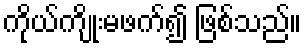
ကိုယ်ကျိုးမဖက်၍ ဖြစ်သည်။